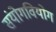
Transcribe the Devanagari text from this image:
संयोगवियोग